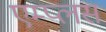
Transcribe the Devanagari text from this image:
एम्प्लस